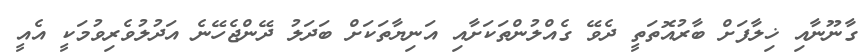
ގާނޫނާއި ޚިލާފަށް ބާރުއޮތަތީ ދެވޭ ގެއްލުންތަކަށާއި އަނިޔާތަކަށް ބަދަލު ދޭންޖެހޭނެ އަދުލުވެރިވުމަކީ އެއީ